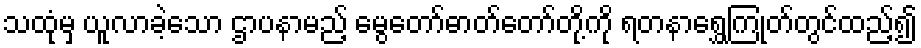
သထုံမှ ယူလာခဲ့သော ဌာပနာမည့် မွေတော်ဓာတ်တော်တို့ကို ရတနာရွှေကြုတ်တွင်ထည့်၍